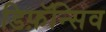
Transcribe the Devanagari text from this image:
डिफ़ॅन्सिव